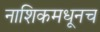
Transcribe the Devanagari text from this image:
नाशिकमधूनच